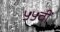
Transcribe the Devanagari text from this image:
५५वीं